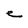
Character: e